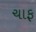
ચાફ